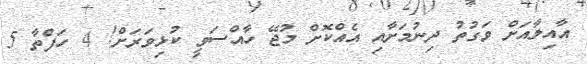
އާއިލާއަށް ވަގުތު ދިނުމަށާއި އެއްކޮށް މުޖޭ ހާއްސަވީ ކުޅިވަރަށް! 4 ހަފްތާ 5